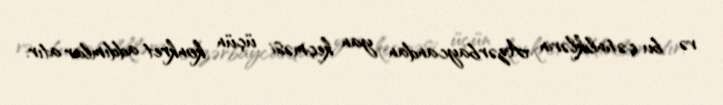
və bu çətinliklərin Azərbaycandan yan keçməsi üçün konkret addımlar atır.